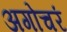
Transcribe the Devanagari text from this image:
अगोचरं